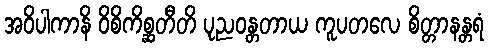
အဝိပါကာနိ ဝိစိကိစ္ဆတီတိ ပုညဝန္တတာယ ကူပတလေ စိတ္တာနန္တရံ